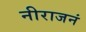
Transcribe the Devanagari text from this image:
नीराजनं